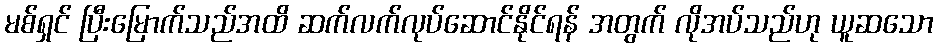
မစ်ရှင် ပြီးမြောက်သည်အထိ ဆက်လက်လုပ်ဆောင်နိုင်ရန် အတွက် လိုအပ်သည်ဟု ယူဆသော